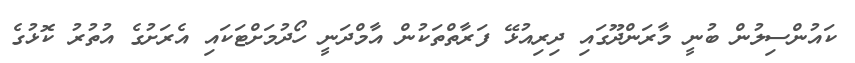
ކައުންސިލުން ބުނީ މާރަންދޫގައި ދިރިއުޅޭ ފަރާތްތަކުން އާމްދަނީ ހޯދުމަށްޓަކައި އެރަށުގެ އުތުރު ކޮޅުގެ